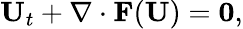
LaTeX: \mathbf{U}_{t}+\nabla\cdot\mathbf{F}(\mathbf{U})={\mathbf 0},